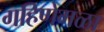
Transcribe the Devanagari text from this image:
गहिणेमळा